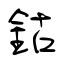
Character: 鈷